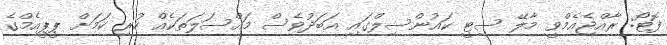
ފޮޓޯ: ރާއްޖެއެމްވީ މާލޭ ސިޓީ ކައުންސިލްގައި އަބަދުވެސް މައްސަލަތަކެއް ހުރި ކަމަށް ޕީޕީއެމްގެ